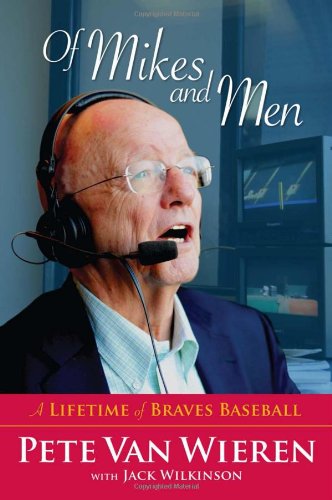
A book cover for Of Mikes and Men: A Lifetime of Braves Baseball; Pete Van Wieren; Sports & Outdoors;